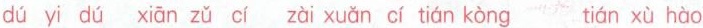
dú yi dú xiān zǔ cí zài xuǎn cí tián kòng tián xù hào